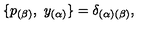
\{ p _ { ( \beta ) } , \ { y } _ { ( \alpha ) } \} = \delta _ { ( \alpha ) ( \beta ) } ,